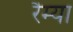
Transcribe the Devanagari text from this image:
रैम्या